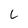
Character: L